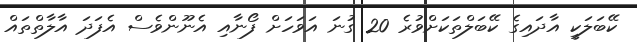
ކޭބަލަކީ އާދައިގެ ކޭބަލްތަކަށްވުރެ 20 ގުނަ އަވަހަށް ފޯނާއި އެނޫންވެސް އެފަދަ އާލާތްތައް